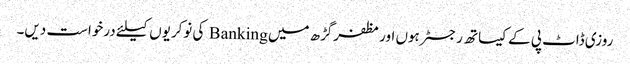
روزی ڈاٹ پی کے کیساتھ رجسٹر ہوں اور مظفرگڑھ میں Banking کی نوکریوں کیلئے درخواست دیں۔